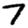
Digit: 7